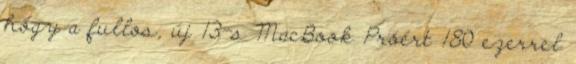
hogy a fullos, új 13-s MacBook Próért 180 ezerrel